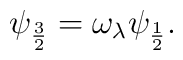
\psi_{\frac{3}{2}}=\omega_{\lambda}\psi_{\frac{1}{2}}.